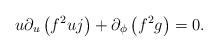
LaTeX: \begin{align*}u\partial_u\left(f^2uj\right)+\partial_\phi\left(f^2g\right)=0.\end{align*}